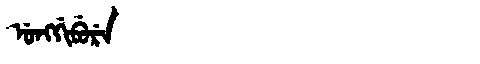
Manchu: ᡠᠩᡤᡳᠪᡠᡵᡝ
Romanization: UNGGIBURE